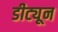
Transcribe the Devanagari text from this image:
डीट्यून